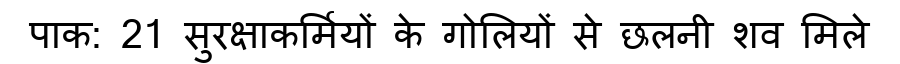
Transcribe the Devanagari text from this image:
पाक: 21 सुरक्षाकर्मियों के गोलियों से छलनी शव मिले